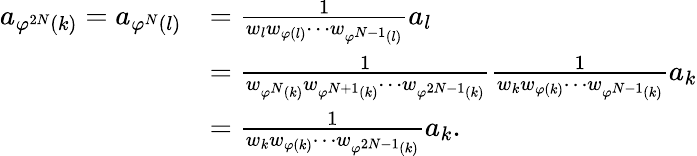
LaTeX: \begin{array}{rl}{a_{\varphi^{2N}(k)}=a_{\varphi^{N}(l)}}&{=\frac{1}{w_{l}w_{\varphi(l)}\cdots w_{\varphi^{N-1}(l)}}a_{l}}\\ &{=\frac{1}{w_{\varphi^{N}(k)}w_{\varphi^{N+1}(k)}\cdots w_{\varphi^{2N-1}(k)}}\frac{1}{w_{k}w_{\varphi(k)}\cdots w_{\varphi^{N-1}(k)}}a_{k}}\\ &{=\frac{1}{w_{k}w_{\varphi(k)}\cdots w_{\varphi^{2N-1}(k)}}a_{k}.}\end{array}